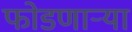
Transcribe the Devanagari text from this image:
फोडणार्‍या